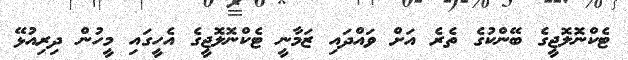
ޓެކްނޮލޮޖީގެ ބޭންކުގެ ތެރެ އަށް ވައްދައި ޒަމާނީ ޓެކްނޮލޮޖީގެ އެހީގައި މީހުން ދިރިއުޅޭ